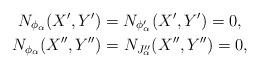
LaTeX: \begin{gather*}N_{\phi_\alpha}(X',Y')=N_{\phi'_\alpha}(X',Y')=0,\\N_{\phi_\alpha}(X'',Y'')=N_{J''_\alpha}(X'',Y'')=0,\end{gather*}